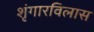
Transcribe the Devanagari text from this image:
शृंगारविलास